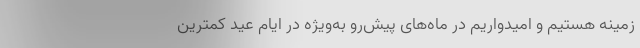
زمینه هستیم و امیدواریم در ماه‌های پیش‌رو به‌ویژه در ایام عید کمترین